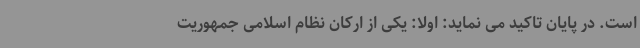
است. در پایان تاکید می نماید: اولاً: یکی از ارکان نظام اسلامی جمهوریت